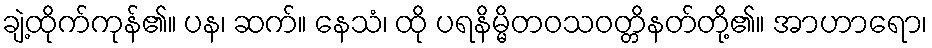
ချဲ့ထိုက်ကုန်၏။ ပန၊ ဆက်။ နေသံ၊ ထို ပရနိမ္မိတဝသဝတ္တိနတ်တို့၏။ အာဟာရော၊